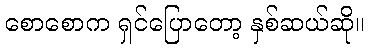
စောစောက ရှင်ပြောတော့ နှစ်ဆယ်ဆို။